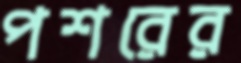
পশরের